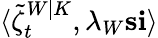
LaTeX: \langle\tilde{\zeta}_{t}^{W|K},\lambda_{W}\mathbf{s}\mathbf{i}\rangle